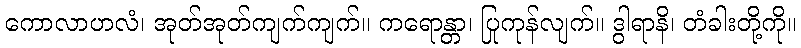
ကောလာဟလံ၊ အုတ်အုတ်ကျက်ကျက်။ ကရောန္တာ၊ ပြုကုန်လျက်။ ဒွါရာနိ၊ တံခါးတို့ကို။